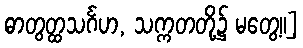
ဓာတွတ္ထသင်္ဂဟ, သက္ကတတို့၌ မတွေ့။]